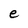
Character: e